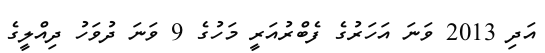
އަދި 2013 ވަނަ އަހަރުގެ ފެބްރުއަރީ މަހުގެ 9 ވަނަ ދުވަހު ދިއްލީގެ